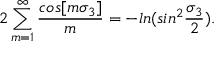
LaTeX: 2 \sum _ { m = 1 } ^ { \infty } { \frac { c o s [ m \sigma _ { 3 } ] } { m } } = - l n ( s i n ^ { 2 } { \frac { \sigma _ { 3 } } { 2 } } ) .